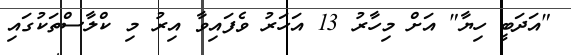
"އަދަބީ ހިޔާ" އަށް މިހާރު 13 އަހަރު ވެފައިވާ އިރު މި ކްލާސްތަކުގައި